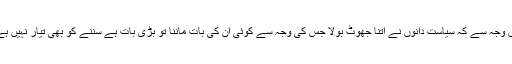
اس وجہ سے کہ سیاست دانوں نے اتنا جھوٹ بولا جس کی وجہ سے کوئی ان کی بات ماننا تو بڑی بات ہے سننے کو بھی تیار نہیں ہے؟